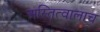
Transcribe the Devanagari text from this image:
अस्तित्वालाच